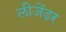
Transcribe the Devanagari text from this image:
लीजेंडर